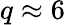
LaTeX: q\approx 6